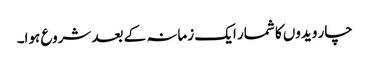
چار ویدوں کا شمار ایک زمانہ کے بعد شروع ہوا۔